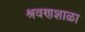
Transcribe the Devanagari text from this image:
श्रवणशाळा